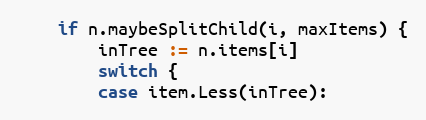
Language: Go
	if n.maybeSplitChild(i, maxItems) {
		inTree := n.items[i]
		switch {
		case item.Less(inTree):